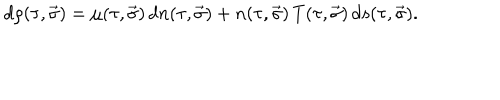
d \rho ( \tau , \vec { \sigma } ) = \mu ( \tau , \vec { \sigma } ) \, d n ( \tau , \vec { \sigma } ) + n ( \tau , \vec { \sigma } ) \, T ( \tau , \vec { \sigma } ) \, d s ( \tau , \vec { \sigma } ) .